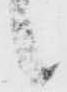
候